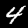
Label: 4